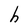
Character: h